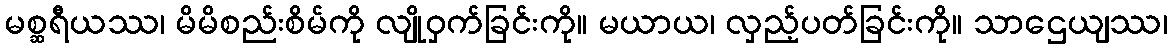
မစ္ဆရီယဿ၊ မိမိစည်းစိမ်ကို လျိုဝှက်ခြင်းကို။ မယာယ၊ လှည့်ပတ်ခြင်းကို။ သာဌေယျဿ၊